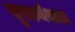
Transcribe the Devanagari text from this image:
सुरकर्मशाला